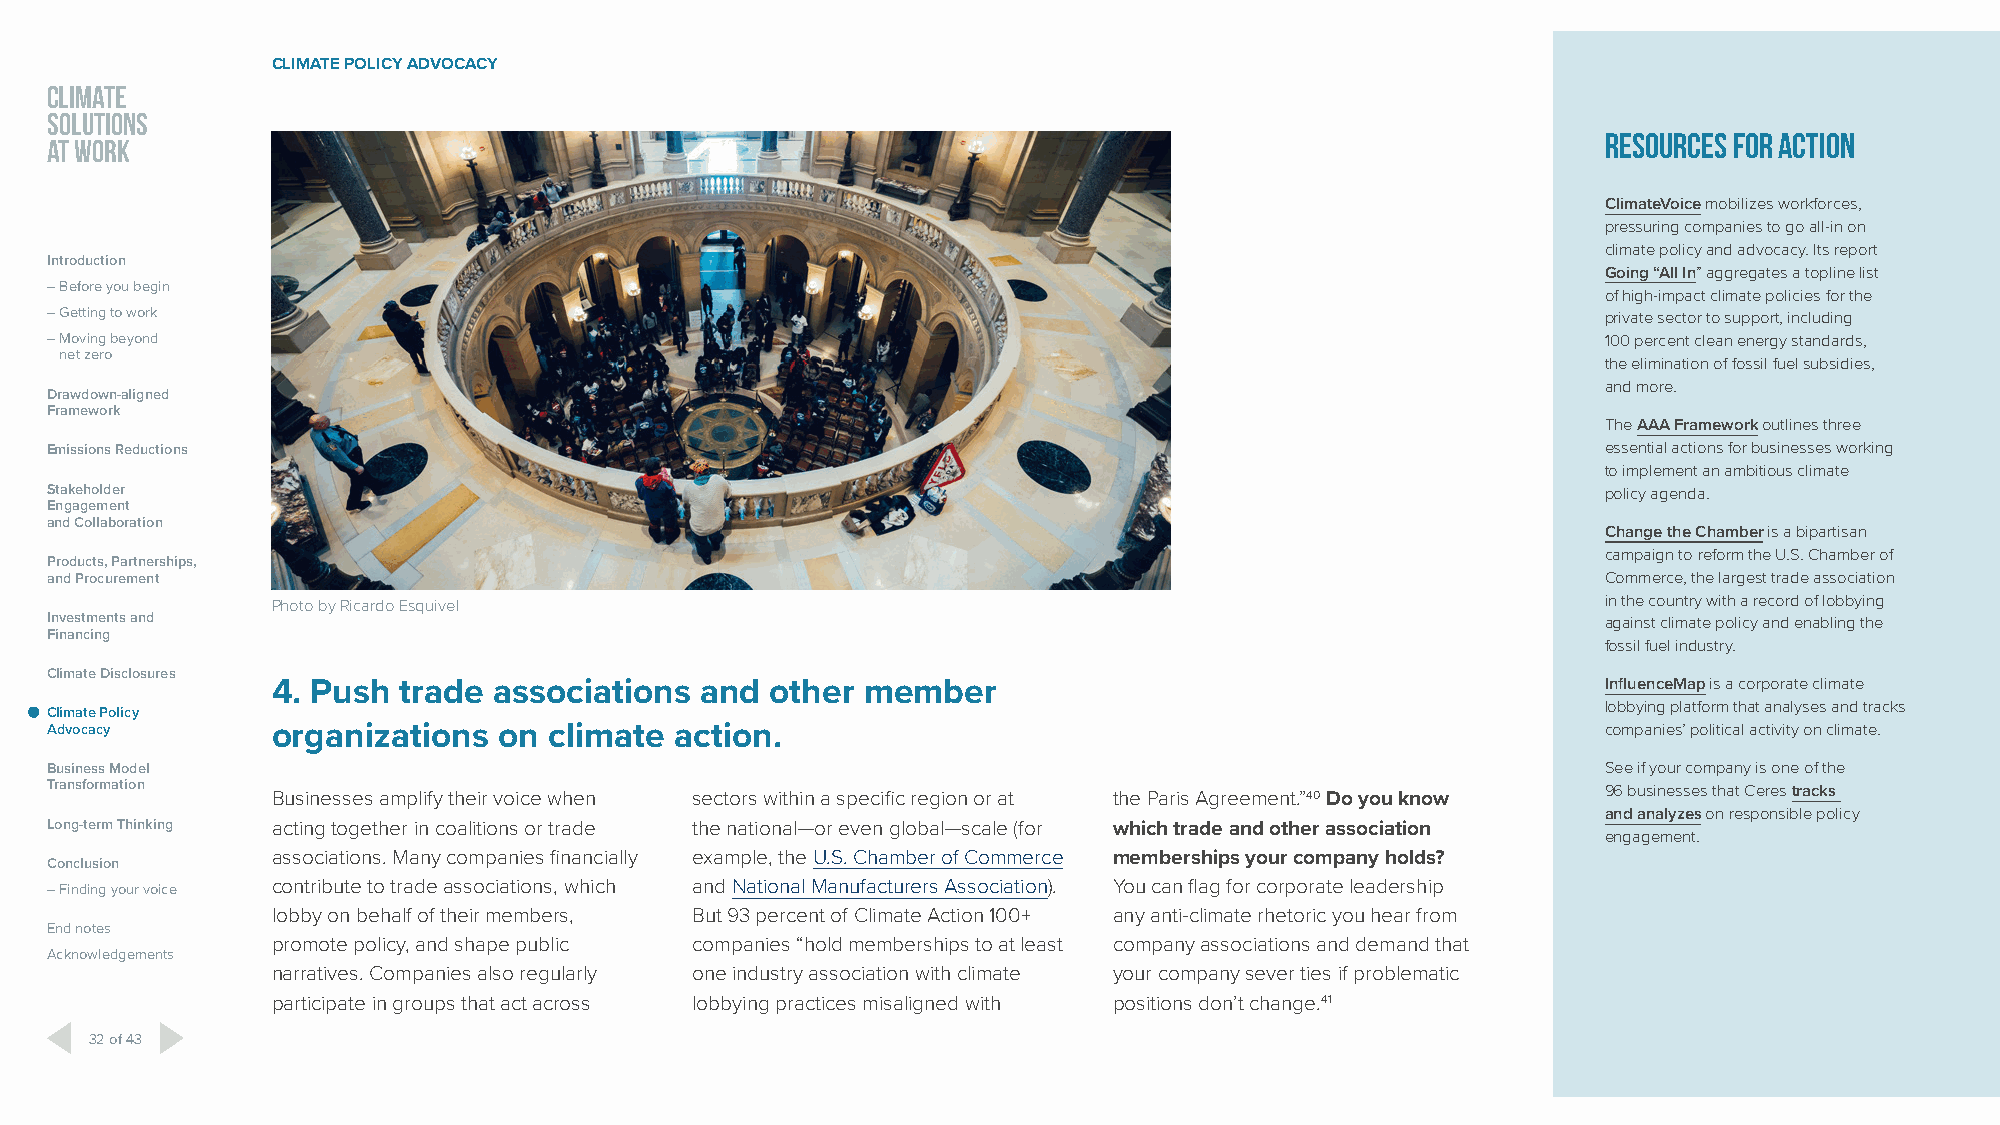
CLIMATE POLICY ADVOCACY
 CLIMATE
 SOLUTIONS
 Resources for action
 AT WORK
 ClimateVoice mobilizes workforces,
 pressuring companies to go all-in on
 climate policy and advocacy. Its report
 Introduction
 Going “All In” aggregates a topline list
 – Before you begin
 of high-impact climate policies for the
 – Getting to work                                                                                      private sector to support, including
 – Moving beyond                                                                                        100 percent clean energy standards,
 net zero
 the elimination of fossil fuel subsidies,
 and more.
 Drawdown-aligned
 Framework
 The AAA Framework outlines three
 Emissions Reductions                                                                                   essential actions for businesses working
 to implement an ambitious climate
 Stakeholder                                                                                            policy agenda.
 Engagement
 and Collaboration
 Change the Chamber is a bipartisan
 campaign to reform the U.S. Chamber of
 Products, Partnerships,
 and Procurement                                                                                        Commerce, the largest trade association
 Photo by Ricardo Esquivel                                                               in the country with a record of lobbying
 Investments and                                                                                        against climate policy and enabling the
 Financing
 fossil fuel industry.
 Climate Disclosures
 4. Push trade  associations and  other member                                           InfluenceMap is a corporate climate
 lobbying platform that analyses and tracks
 Climate Policy
 Advocacy       organizations  on climate  action.                                                      companies’ political activity on climate.
 Business Model                                                                                         See if your company is one of the
 Transformation Businesses amplify their voice when sectors within a specific region or at the Paris Agreement.”40 Do you know 96 businesses that Ceres tracks
 and analyzes on responsible policy
 Long-term Thinking acting together in coalitions or trade the national—or even global—scale (for which trade and other association
 engagement.
 associations. Many companies financially example, the U.S. Chamber of Commerce memberships your company holds?
 Conclusion
 – Finding your voice contribute to trade associations, which and National Manufacturers Association). You can flag for corporate leadership
 lobby on behalf of their members, But 93 percent of Climate Action 100+ any anti-climate rhetoric you hear from
 End notes
 promote policy, and shape public companies “hold memberships to at least company associations and demand that
 Acknowledgements
 narratives. Companies also regularly one industry association with climate your company sever ties if problematic
 participate in groups that act across lobbying practices misaligned with positions don’t change.41
 32 of 43